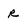
Character: R